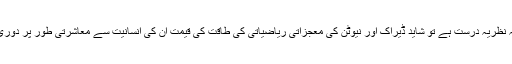
اگر یہ نظریہ درست ہے تو شاید ڈیراک اور نیوٹن کی معجزاتی ریاضیاتی کی طاقت کی قیمت ان کی انسانیت سے معاشرتی طور پر دوری ہے۔